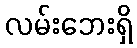
လမ်းဘေးရှိ